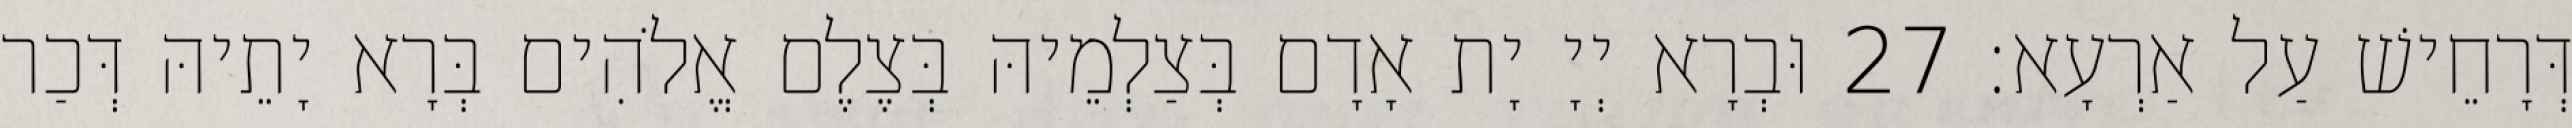
דְּרָחֵישׁ עַל אַרְעָא׃ 27 וּבְרָא יְיָ יָת אָדָם בְּצַלְמֵיהּ בְּצֶלֶם אֱלֹהִים בְּרָא יָתֵיהּ דְּכַר